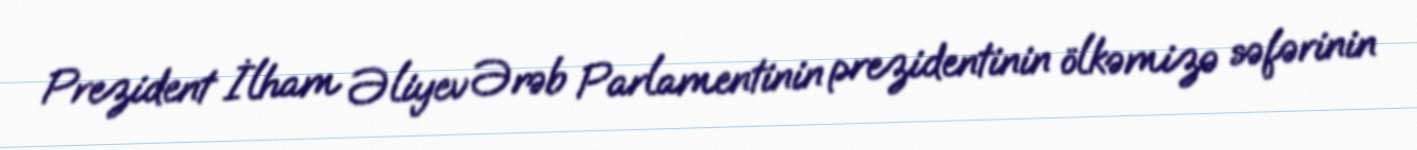
Prezident İlham Əliyev Ərəb Parlamentinin prezidentinin ölkəmizə səfərinin